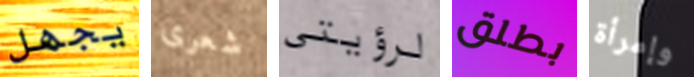
يجهل شعرى لرؤيتى بطلق وإمرأة